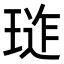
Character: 𭹪